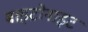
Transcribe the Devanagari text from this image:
बाइटोनाइट